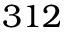
3 1 2